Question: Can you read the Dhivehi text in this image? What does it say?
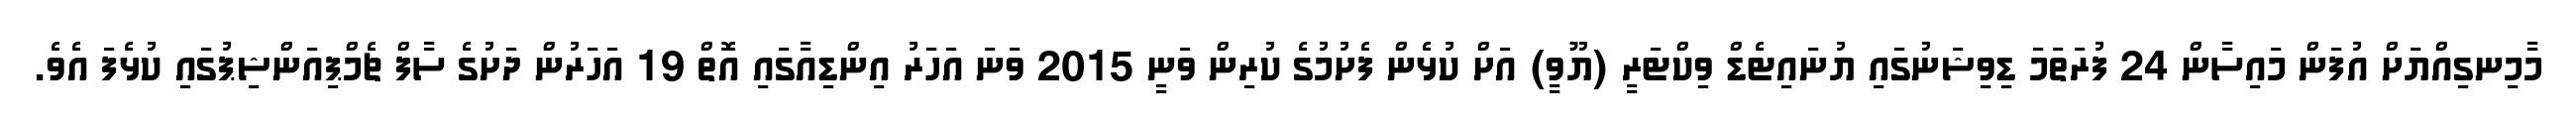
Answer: މާމިނގިއްޔަށް އުފަން މައިސާން 24 ފުރަތަމަ ޑިވިޝަނުގައި ޔުނައިޓެޑް ވިކްޓަރީ (ޔޫވީ) އަށް ކުޅެން ފެށުމުގެ ކުރިން ވަނީ 2015 ވަނަ އަހަރު އިންޑިއާގައި އޮތް 19 އަހަރުން ދަށުގެ ސާފް ޗެމްޕިއަންޝިޕުގައި ކުޅެފަ އެވެ.